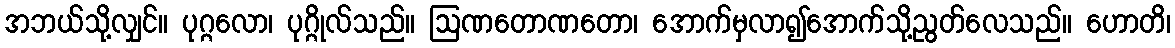
အဘယ်သို့လျှင်။ ပုဂ္ဂလော၊ ပုဂ္ဂိုလ်သည်။ ဩဏတောဏတော၊ အောက်မှလာ၍အောက်သို့ညွတ်လေသည်။ ဟောတိ၊